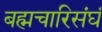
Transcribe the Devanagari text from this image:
बह्मचारिसंघं